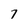
Character: 7